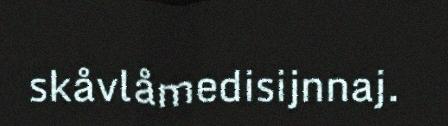
skåvlåmedisijnnaj.